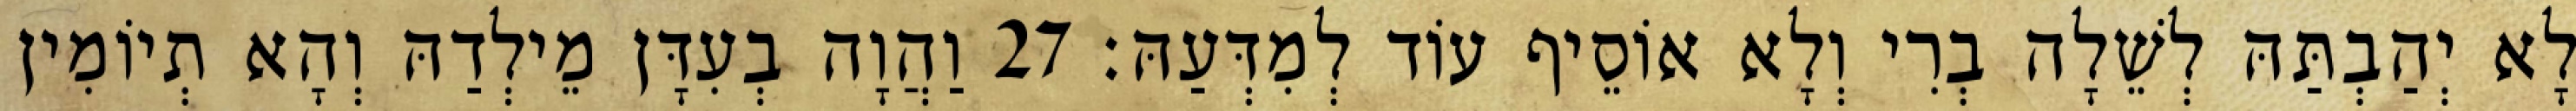
לָא יְהַבְתַּהּ לְשֵׁלָה בְרִי וְלָא אוֹסֵיף עוֹד לְמִדְּעַהּ׃ 27 וַהֲוָה בְעִדָּן מֵילְדַהּ וְהָא תְיוֹמִין